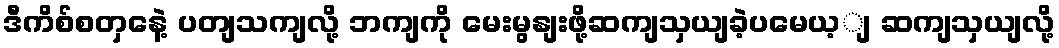
ဒီကိစ်စတှနေဲ့ ပတျသကျလို့ ဘကျကို မေးမွနျးဖို့ဆကျသှယျခဲ့ပမေယ့ျ ဆကျသှယျလို့